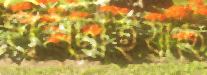
ঘষ্‌ড়াইয়াছে